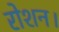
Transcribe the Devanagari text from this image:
रोशन।